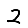
Digit: 2